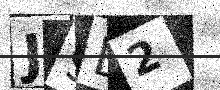
Text: J9D2